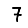
Digit: 7